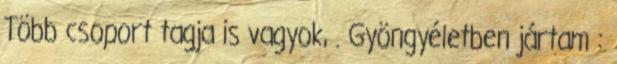
Több csoport tagja is vagyok, . Gyöngyéletben jártam :